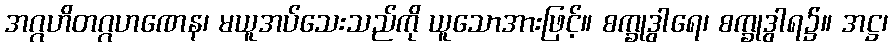
အဂ္ဂဟိတဂ္ဂဟဏေန၊ မယူအပ်သေးသည်ကို ယူသောအားဖြင့်။ စက္ခုဒွါရေ၊ စက္ခုဒွါရ၌။ အဋ္ဌ၊